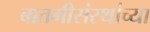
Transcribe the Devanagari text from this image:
बातमीसंस्थांच्या